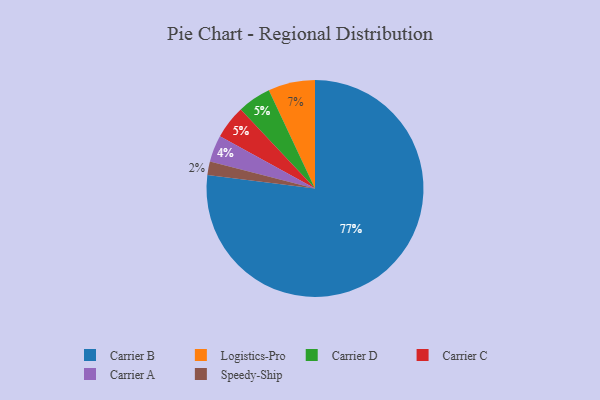
{"axis": {"x": "Category", "y": "Percentage"}, "legend": ["Carrier A", "Carrier B", "Carrier C", "Carrier D", "Logistics-Pro", "Speedy-Ship"], "data": [{"x": "Carrier D", "y": 5, "type": "Carrier D"}, {"x": "Speedy-Ship", "y": 2, "type": "Speedy-Ship"}, {"x": "Carrier C", "y": 5, "type": "Carrier C"}, {"x": "Logistics-Pro", "y": 7, "type": "Logistics-Pro"}, {"x": "Carrier B", "y": 77, "type": "Carrier B"}, {"x": "Carrier A", "y": 4, "type": "Carrier A"}]}